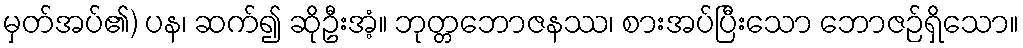
မှတ်အပ်၏) ပန၊ ဆက်၍ ဆိုဦးအံ့။ ဘုတ္တဘောဇနဿ၊ စားအပ်ပြီးသော ဘောဇဉ်ရှိသော။